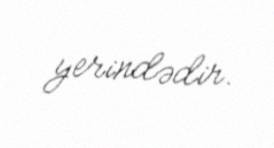
yerindədir.